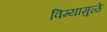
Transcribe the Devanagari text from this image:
विम्यामुळे